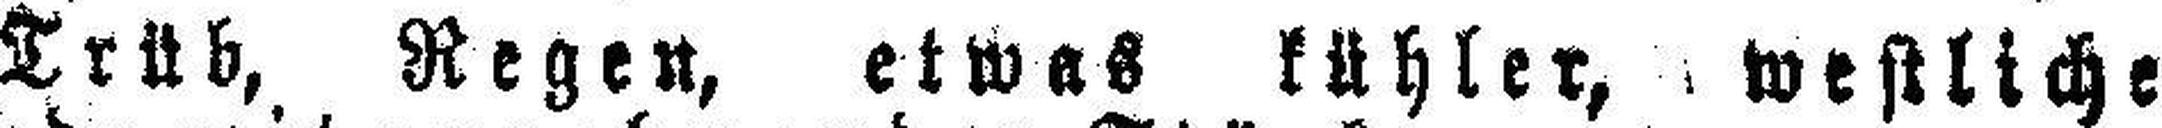
Trüb, Regen, etwas kühler, westliche